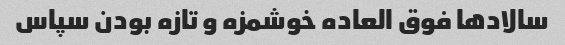
سالاد‌ها فوق العاده خوشمزه و تازه بودن سپاس